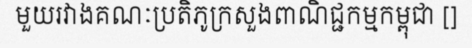
មួយរវាងគណៈប្រតិភូក្រសួងពាណិជ្ជកម្មកម្ពុជា []